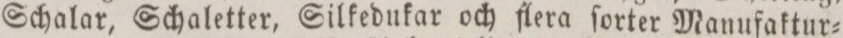
Schalar, Schaletter, Silkedukar och flera ſorter Manufaktur=